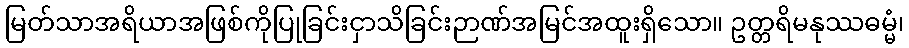
မြတ်သာအရိယာအဖြစ်ကိုပြုခြင်းငှာသိခြင်းဉာဏ်အမြင်အထူးရှိသော။ ဥတ္တရိမနုဿဓမ္မံ၊